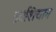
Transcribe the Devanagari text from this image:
फ़ाशियान